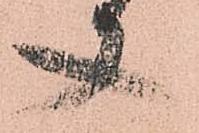
又